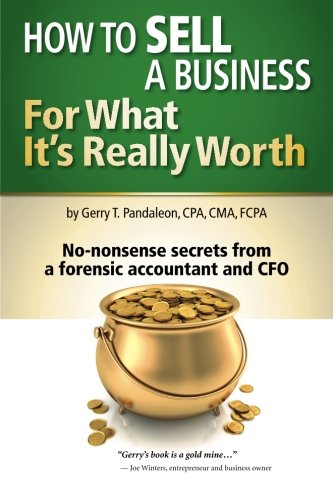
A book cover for How to Sell a Business for What It's Really Worth: No-nonsense secrets from a forensic accountant and CFO; Gerry T. Pandaleon; Business & Money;